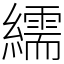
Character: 繻